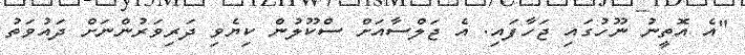
"އެ އޮތީނު ނޫހުގައި ޖަހާފައި. އެ ޖަލްސާއަށް ސްކޫލުން ކިޔެވި ދަރިވަރުންނަށް ދައުވަތު